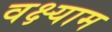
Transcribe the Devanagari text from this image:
वक्ष्याम